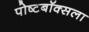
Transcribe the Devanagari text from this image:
पोष्टबॉक्सला